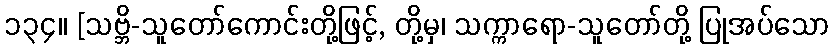
၁၃၄။ [သဗ္ဘိ-သူတော်ကောင်းတို့ဖြင့်, တို့မှ၊ သက္ကာရော-သူတော်တို့ ပြုအပ်သော